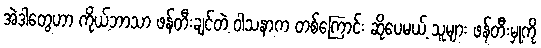
အဲဒါတွေဟာ ကိုယ့်ဘာသာ ဖန်တီးချင်တဲ့ ဝါသနာက တစ်ကြောင်း ဆိုပေမယ့် သူများ ဖန်တီးမှုကို